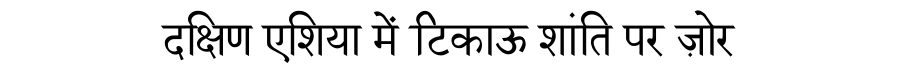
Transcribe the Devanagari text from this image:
दक्षिण एशिया में टिकाऊ शांति पर ज़ोर